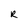
Character: R